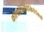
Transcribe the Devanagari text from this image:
कोलएंजियोपैन्क्रियेटोग्राफी